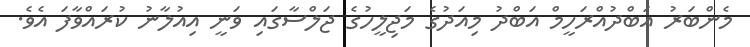
މެންބަރު އަބްދުއްރަހީމް އަބްދު މިއަދުގެ މަޖިލީހުގެ ޖަލްސާގައި ވަނީ އިއުލާނު ކުރައްވާފަ އެވެ.